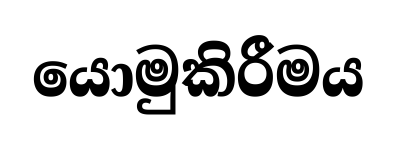
යොමුකිරීමය